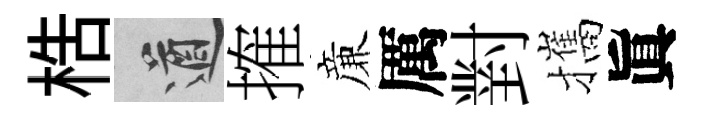
梏遒搉亷厲對攜眞